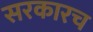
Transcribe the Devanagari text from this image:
सरकारच